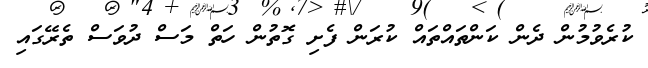
ކުރެވުމުން ދެން ކަންތައްތައް ކުރަން ފެށި ގޮތުން ހަތް މަސް ދުވަސް ތެރޭގައި